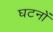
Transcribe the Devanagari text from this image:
घटनों